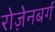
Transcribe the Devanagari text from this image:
रोज़ेनबर्ग